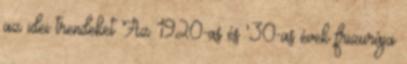
az idei trendeket Az 1920-as és '30-as évek frizurája